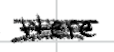
Text: were
Cross-out: scratch
Writing tool: digital_black